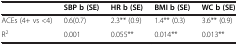
|  | SBP b (SE) | HR b (SE) | BMI b (SE) | WC b (SE) |
 | --- | --- | --- | --- | --- |
 | ACEs (4+ vs <4) | 0.6(0.7) | 2.3** (0.9) | 1.4** (0.3) | 3.6** (0.9) |
 | R2 | 0.001 | 0.055** | 0.014** | 0.013** |